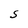
Character: S